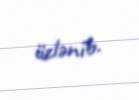
üzlənib.